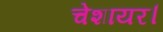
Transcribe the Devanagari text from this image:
चेशायर।